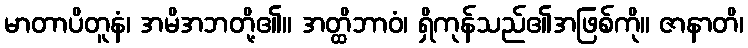
မာတာပိတူနံ၊ အမိအဘတို့၏။ အတ္ထိဘာဝံ၊ ရှိကုန်သည်၏အဖြစ်ကို။ ဇာနာတိ၊